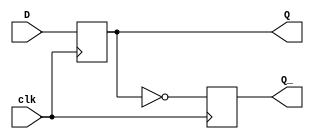
module D_flip_flop(
    input wire D, 
    input wire clk,
    output reg Q,
    output reg Q_
);

always @(posedge clk) begin
    Q <= D;
    Q_ <= ~Q;
end

endmodule